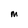
Character: M